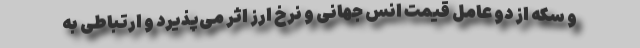
و سکه از دو عامل قیمت انس جهانی و نرخ ارز اثر می‌پذیرد و ارتباطی به